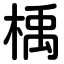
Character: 楀